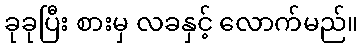
ခုခုပြီး စားမှ လခနှင့် လောက်မည်။